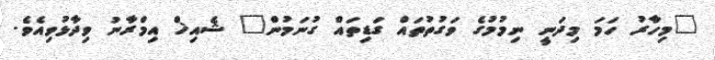
"މިހާރު ހަމަ މިދަނީ ނިމުމުގެ ވަގުތުތައް ގަޑިތައް ގުނަމުން" ޝެއިޚް އިމްރާނު ވިދާޅުވިއެވެ.